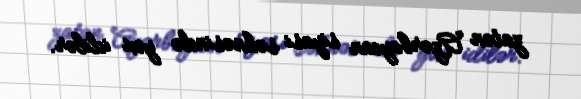
zatən Azərbaycan siyasi səhnəsində yox idilər.